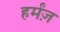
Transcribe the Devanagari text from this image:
हर्मंज़